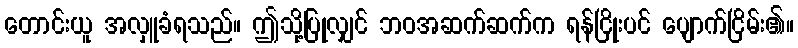
တောင်းယူ အလှူခံရသည်။ ဤသို့ပြုလျှင် ဘဝအဆက်ဆက်က ရန်ငြိုးပင် ပျောက်ငြိမ်း၏။